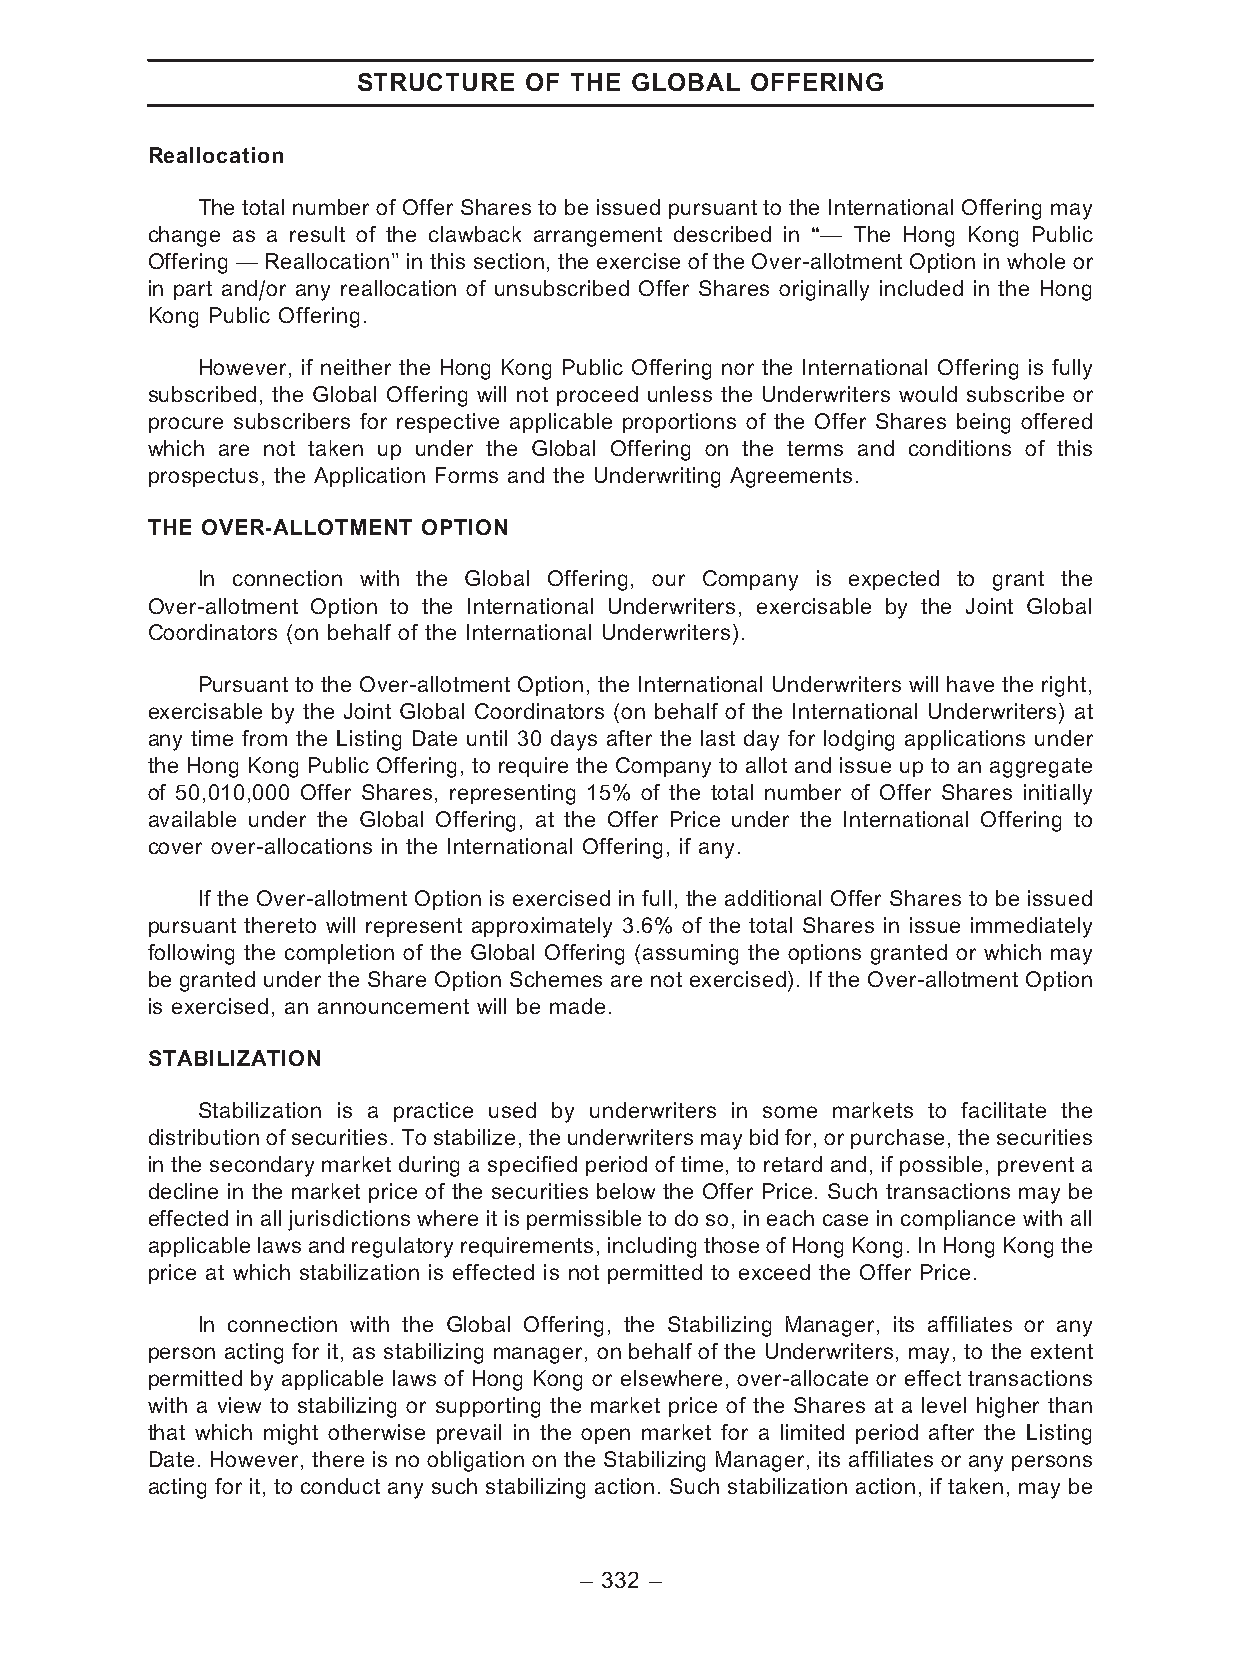
STRUCTURE  OF THE GLOBAL  OFFERING
 Reallocation
 The total number of Offer Shares to be issued pursuant to the International Offering may
 change as a result of the clawback arrangement described in ‘‘— The Hong Kong Public
 Offering — Reallocation’’ in this section, the exercise of the Over-allotment Option in whole or
 in part and/or any reallocation of unsubscribed Offer Shares originally included in the Hong
 Kong Public Offering.
 However, if neither the Hong Kong Public Offering nor the International Offering is fully
 subscribed, the Global Offering will not proceed unless the Underwriters would subscribe or
 procure subscribers for respective applicable proportions of the Offer Shares being offered
 which are not taken up under the Global Offering on the terms and conditions of this
 prospectus, the Application Forms and the Underwriting Agreements.
 THE OVER-ALLOTMENT OPTION
 In connection with the Global Offering, our Company is expected to grant the
 Over-allotment Option to the International Underwriters, exercisable by the Joint Global
 Coordinators (on behalf of the International Underwriters).
 Pursuant to the Over-allotment Option, the International Underwriters will have the right,
 exercisable by the Joint Global Coordinators (on behalf of the International Underwriters) at
 any time from the Listing Date until 30 days after the last day for lodging applications under
 the Hong Kong Public Offering, to require the Company to allot and issue up to an aggregate
 of 50,010,000 Offer Shares, representing 15% of the total number of Offer Shares initially
 available under the Global Offering, at the Offer Price under the International Offering to
 cover over-allocations in the International Offering, if any.
 If the Over-allotment Option is exercised in full, the additional Offer Shares to be issued
 pursuant thereto will represent approximately 3.6% of the total Shares in issue immediately
 following the completion of the Global Offering (assuming the options granted or which may
 be granted under the Share Option Schemes are not exercised). If the Over-allotment Option
 is exercised, an announcement will be made.
 STABILIZATION
 Stabilization is a practice used by underwriters in some markets to facilitate the
 distributionofsecurities.Tostabilize,theunderwritersmaybidfor,orpurchase,the securities
 in the secondary market during a specified period of time, to retard and, if possible, prevent a
 decline in the market price of the securities below the Offer Price. Such transactions may be
 effected in all jurisdictions where it is permissible to do so, in each case in compliance with all
 applicable laws and regulatoryrequirements, including those of Hong Kong. In Hong Kong the
 price at which stabilization is effected is not permitted to exceed the Offer Price.
 In connection with the Global Offering, the Stabilizing Manager, its affiliates or any
 person acting for it, as stabilizing manager, on behalf of the Underwriters, may, to the extent
 permitted by applicable laws of Hong Kong or elsewhere, over-allocate or effect transactions
 with a view to stabilizing or supporting the market price of the Shares at a level higher than
 that which might otherwise prevail in the open market for a limited period after the Listing
 Date. However, there is no obligation on the Stabilizing Manager, its affiliates or any persons
 acting for it, to conduct any such stabilizing action. Such stabilization action, if taken, may be
 – 332 –